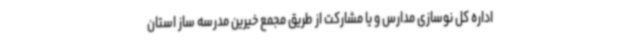
اداره کل نوسازی مدارس و یا مشارکت از طریق مجمع خیرین مدرسه ساز استان